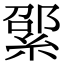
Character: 綤